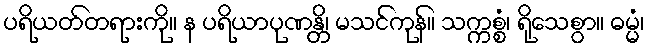
ပရိယတ်တရားကို။ န ပရိယာပုဏန္တိ၊ မသင်ကုန်။ သက္ကစ္စံ၊ ရိုသေစွာ။ ဓမ္မံ၊